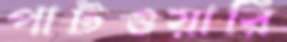
পাটওয়ারি